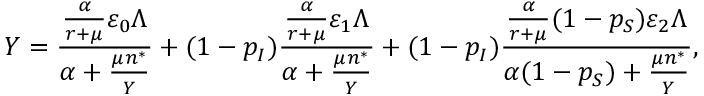
Y = \frac { \frac { \alpha } { r + \mu } \varepsilon _ { 0 } \Lambda } { \alpha + \frac { \mu n ^ { * } } { Y } } + ( 1 - p _ { I } ) \frac { \frac { \alpha } { r + \mu } \varepsilon _ { 1 } \Lambda } { \alpha + \frac { \mu n ^ { * } } { Y } } + ( 1 - p _ { I } ) \frac { \frac { \alpha } { r + \mu } ( 1 - p _ { S } ) \varepsilon _ { 2 } \Lambda } { \alpha ( 1 - p _ { S } ) + \frac { \mu n ^ { * } } { Y } } ,